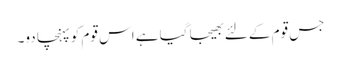
جس قوم کے لئے بھیجا گیا ہے اس قوم کو پہنچا دو۔